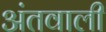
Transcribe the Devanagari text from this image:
अंतवाली